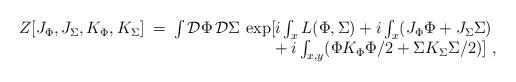
LaTeX: \begin{align*}\begin{array}{rcl}Z[J_\Phi,J_\Sigma,K_\Phi,K_\Sigma] \!\! &=& \!\! \int {\cal D} \Phi \, {\cal D} \Sigma \, \exp [ i \int_x L(\Phi,\Sigma)+i \int_x (J_\Phi \Phi + J_\Sigma \Sigma) \\&&{}~~~~~~~~~~~~~~~~~+i \int_{x,y} (\Phi K_\Phi \Phi/2 + \Sigma K_\Sigma \Sigma/2) ]~,\end{array}\end{align*}